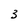
Character: 3